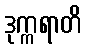
ဒုက္ကရာတိ